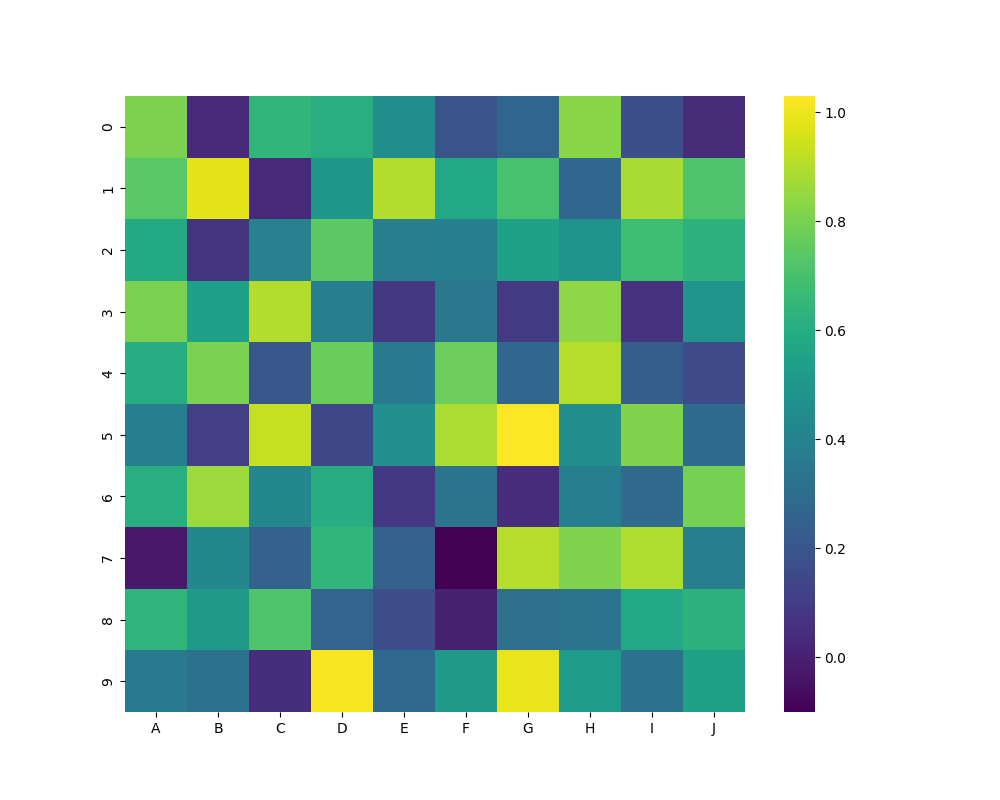
python, seaborn, heatmap, cmap='viridis', linewidths=0.0, center=none